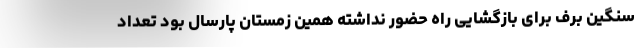
سنگین برف برای بازگشایی راه حضور نداشته همین زمستان پارسال بود تعداد